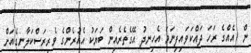
ން  އެއްގެ ރަހަ ދައްކަވައިފިނަމަ އެހިނދު އޭގެތެރެއިން ބަޔަކު އެއުރެންގެ ވެރިރަސްކަލާނގެއަށް